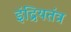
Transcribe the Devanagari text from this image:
इंद्रियतंत्र